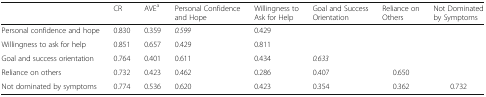
|  | CR | AVEa | Personal Confidence and Hope | Willingness to Ask for Help | Goal and Success Orientation | Reliance on Others | Not Dominated by Symptoms |
 | --- | --- | --- | --- | --- | --- | --- | --- |
 | Personal confidence and hope | 0.830 | 0.359 | 0.599 | 0.429 |  |  |  |
 | Willingness to ask for help | 0.851 | 0.657 | 0.429 | 0.811 |  |  |  |
 | Goal and success orientation | 0.764 | 0.401 | 0.611 | 0.434 | 0.633 |  |  |
 | Reliance on others | 0.732 | 0.423 | 0.462 | 0.286 | 0.407 | 0.650 |  |
 | Not dominated by symptoms | 0.774 | 0.536 | 0.620 | 0.423 | 0.354 | 0.362 | 0.732 |